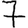
Digit: 7